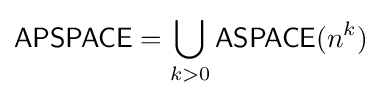
{\mathsf {APSPACE}}=\bigcup _{k>0}{\mathsf {ASPACE}}(n^{k})